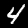
Digit: 4